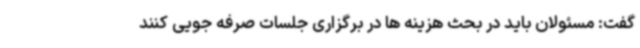
گفت: مسئولان باید در بحث هزینه ها در برگزاری جلسات صرفه جویی کنند